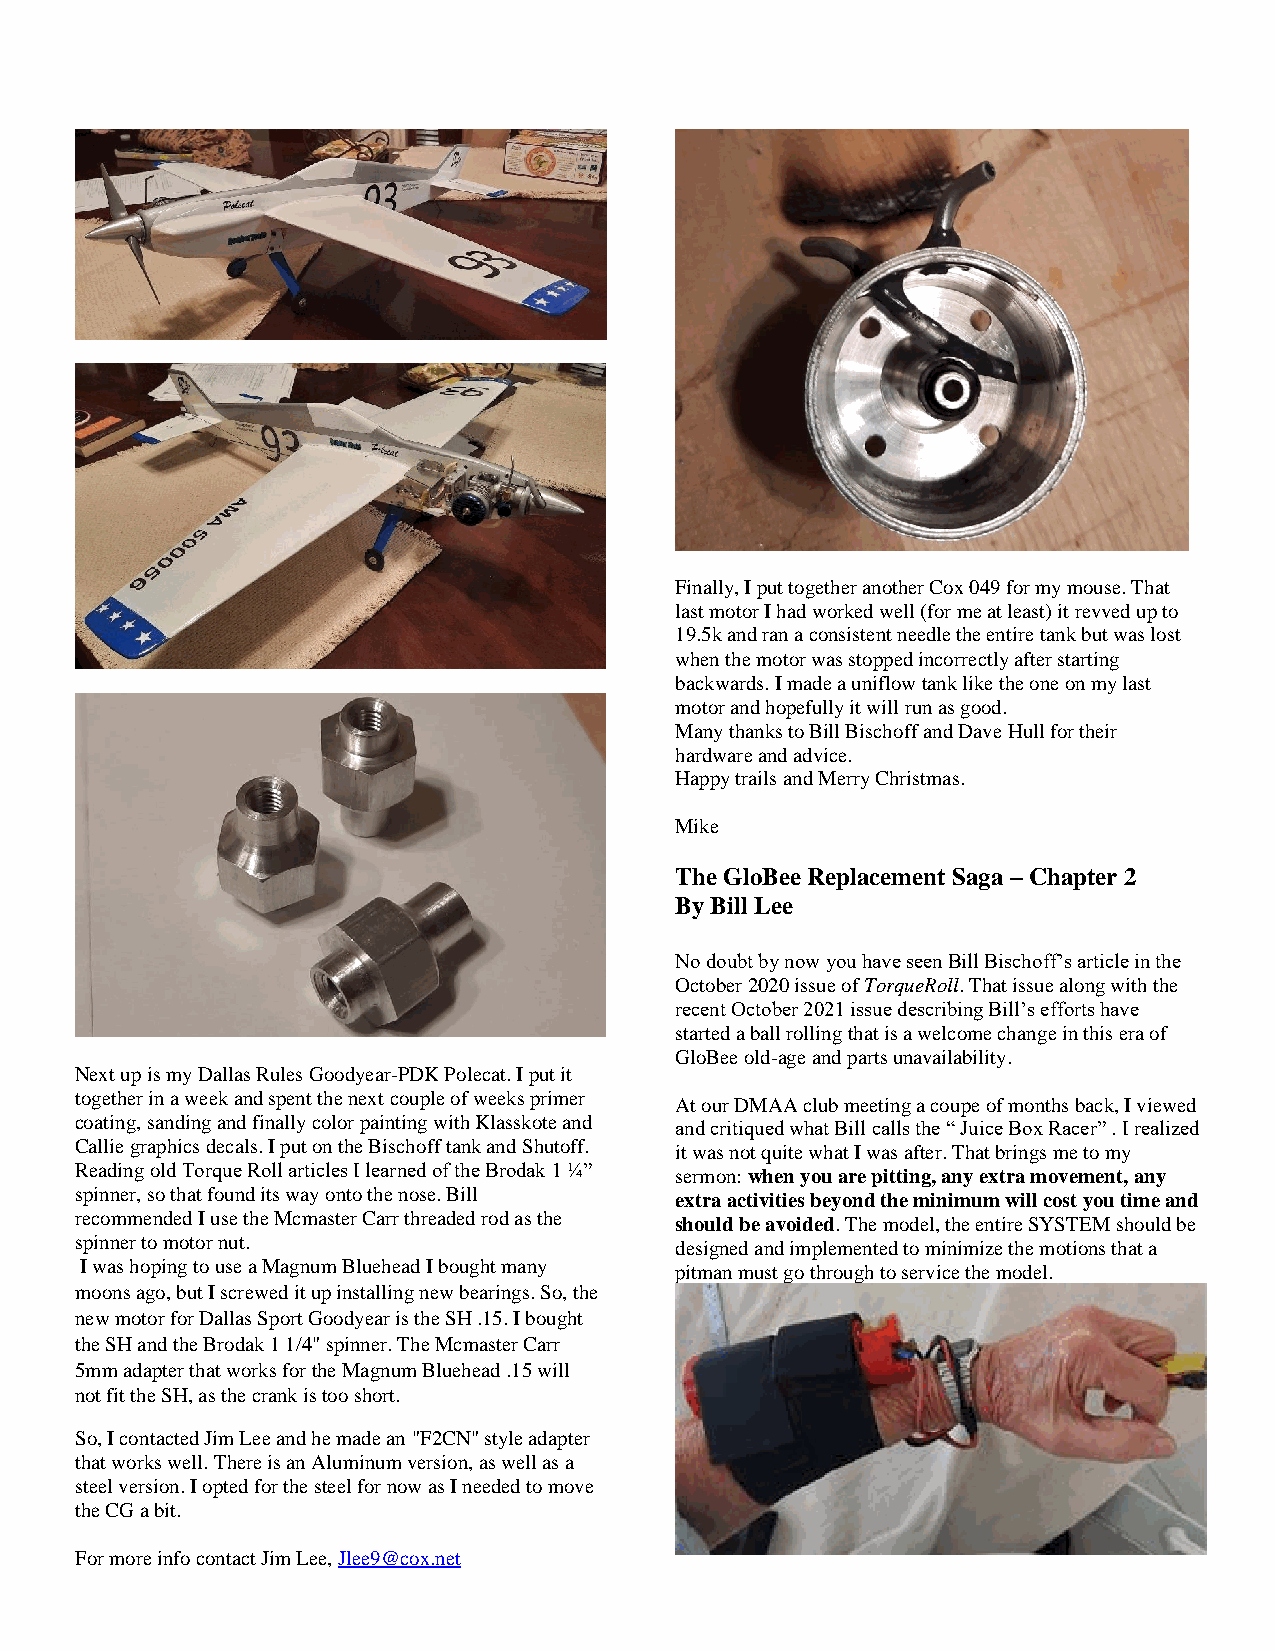
Finally, I put together another Cox 049 for my mouse. That
 last motor I had worked well (for me at least) it revved up to
 19.5k and ran a consistent needle the entire tank but was lost
 when the motor was stopped incorrectly after starting
 backwards. I made a uniflow tank like the one on my last
 motor and hopefully it will run as good.
 Many thanks to Bill Bischoff and Dave Hull for their
 hardware and advice.
 Happy trails and Merry Christmas.
 Mike
 The GloBee Replacement Saga – Chapter 2
 By Bill Lee
 No doubt by now you have seen Bill Bischoff’s article in the
 October 2020 issue of TorqueRoll. That issue along with the
 recent October 2021 issue describing Bill’s efforts have
 started a ball rolling that is a welcome change in this era of
 GloBee old-age and parts unavailability.
 Next up is my Dallas Rules Goodyear-PDK Polecat. I put it
 together in a week and spent the next couple of weeks primer
 At our DMAA club meeting a coupe of months back, I viewed
 coating, sanding and finally color painting with Klasskote and and critiqued what Bill calls the “ Juice Box Racer” . I realized
 Callie graphics decals. I put on the Bischoff tank and Shutoff. it was not quite what I was after. That brings me to my
 Reading old Torque Roll articles I learned of the Brodak 1 ¼”
 sermon: when you are pitting, any extra movement, any
 spinner, so that found its way onto the nose. Bill
 extra activities beyond the minimum will cost you time and
 recommended I use the Mcmaster Carr threaded rod as the
 should be avoided. The model, the entire SYSTEM should be
 spinner to motor nut.
 designed and implemented to minimize the motions that a
 I was hoping to use a Magnum Bluehead I bought many pitman must go through to service the model.
 moons ago, but I screwed it up installing new bearings. So, the
 new motor for Dallas Sport Goodyear is the SH .15. I bought
 the SH and the Brodak 1 1/4" spinner. The Mcmaster Carr
 5mm adapter that works for the Magnum Bluehead .15 will
 not fit the SH, as the crank is too short.
 So, I contacted Jim Lee and he made an "F2CN" style adapter
 that works well. There is an Aluminum version, as well as a
 steel version. I opted for the steel for now as I needed to move
 the CG a bit.
 For more info contact Jim Lee, Jlee9@cox.net